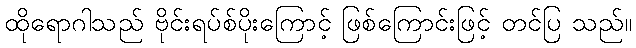
ထိုရောဂါသည် ဗိုင်းရပ်စ်ပိုးကြောင့် ဖြစ်ကြောင်းဖြင့် တင်ပြ သည်။